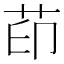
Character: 茚